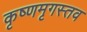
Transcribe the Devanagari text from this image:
कृष्णमृगस्तव